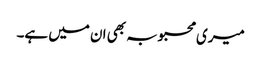
میری محبوبہ بھی ان میں ہے۔